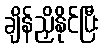
ချိန်ညှိနိုင်ပြီး